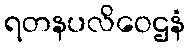
ရတနပလိဝေဌနံ